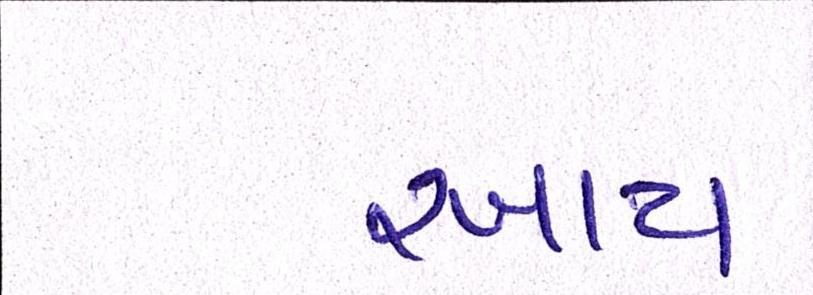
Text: રખાય